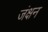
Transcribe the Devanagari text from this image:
जंक्षन